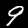
Label: 9